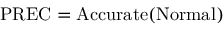
\mathrm { P R E C } = \mathrm { A c c u r a t e } ( \mathrm { N o r m a l } )